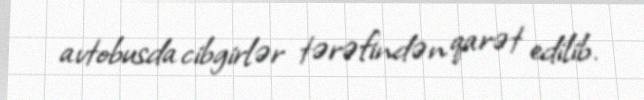
avtobusda cibgirlər tərəfindən qarət edilib.